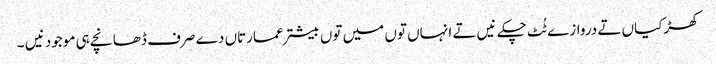
کھڑکیاں تے دروازے ٹُٹ چکے نیں تے انہاں تو‏ں میں تو‏ں بیشتر عمارتاں دے صرف ڈھانچے ہی موجود نیں ۔